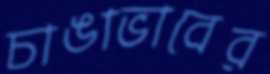
চাঙাভাবের